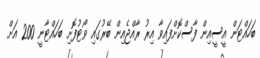
ބަހައްޓަން އީސީއިން ފާސްކޮށްފައިވާ އިރު ރާއްޖެއިން ބޭރުގައި ވޯޓުފޮށި ބަހައްޓާނީ 200 އަށް